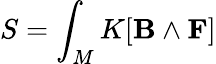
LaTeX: S=\int_{M}K[\mathbf{B}\wedge\mathbf{F}]